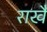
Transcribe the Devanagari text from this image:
राखै